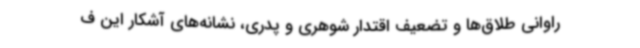
راوانی طلاق‌ها و تضعیف اقتدار شوهری و پدری، نشانه‌های آشکار این ف